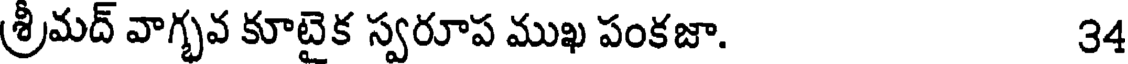
శ్రీమద్ వాగ్భవ కూటైక స్వరూప ముఖ పంకజా. 34